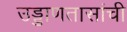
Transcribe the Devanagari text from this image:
उड्डाणतासांची